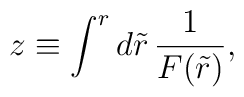
z\equiv \int^r d\tilde{r}\,\frac{1}{F(\tilde{r})},